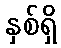
နှစ်ရှိ